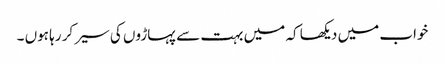
خواب میں دیکھا کہ میں بہت سے پہاڑوں کی سیر کر رہا ہوں ۔